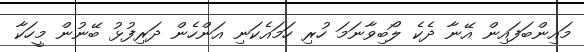
މައިންބަފައިން އޭނާ ދެކެ ލޯބިވާނަމަ ހުރި ހަމައެކަނި އަންހެން ދަރިފުޅު ބޭނުން މީހަކާ